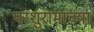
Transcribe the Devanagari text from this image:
परशुरामांच्या